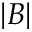
\lvert B \rvert